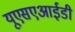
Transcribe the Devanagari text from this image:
यूएसएआईडी